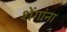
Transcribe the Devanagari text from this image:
शेंगांना